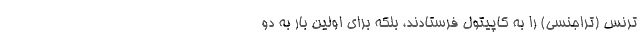
ترنس (تراجنسی) را به کاپیتول فرستادند، بلکه برای اولین بار به دو